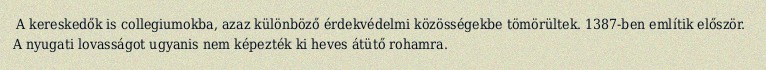
A kereskedők is collegiumokba, azaz különböző érdekvédelmi közösségekbe tömörültek. 1387-ben említik először. A nyugati lovasságot ugyanis nem képezték ki heves átütő rohamra.